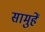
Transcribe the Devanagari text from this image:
सामुहें